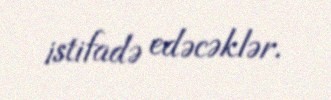
istifadə edəcəklər.